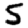
Digit: 5